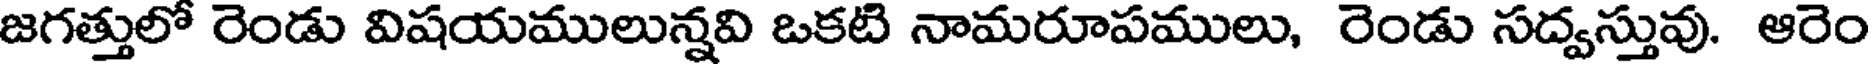
జగత్తులో రెండు విషయములున్నవి ఒకటి నామరూపములు, రెండు సద్వస్తువు. ఆరెం